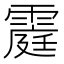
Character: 𮦥